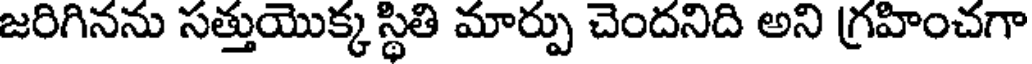
జరిగినను సత్తుయొక్క స్థితి మార్పు చెందనిది అని గ్రహించగా